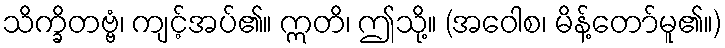
သိက္ခိတဗ္ဗံ၊ ကျင့်အပ်၏။ ဣတိ၊ ဤသို့။ (အဝေါစ၊ မိန့်တော်မူ၏။)